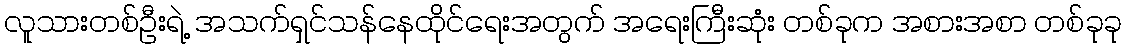
လူသားတစ်ဦးရဲ့ အသက်ရှင်သန်နေထိုင်ရေးအတွက် အရေးကြီးဆုံး တစ်ခုက အစားအစာ တစ်ခုခု